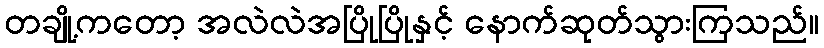
တချို့ကတော့ အလဲလဲအပြိုပြိုနှင့် နောက်ဆုတ်သွားကြသည်။